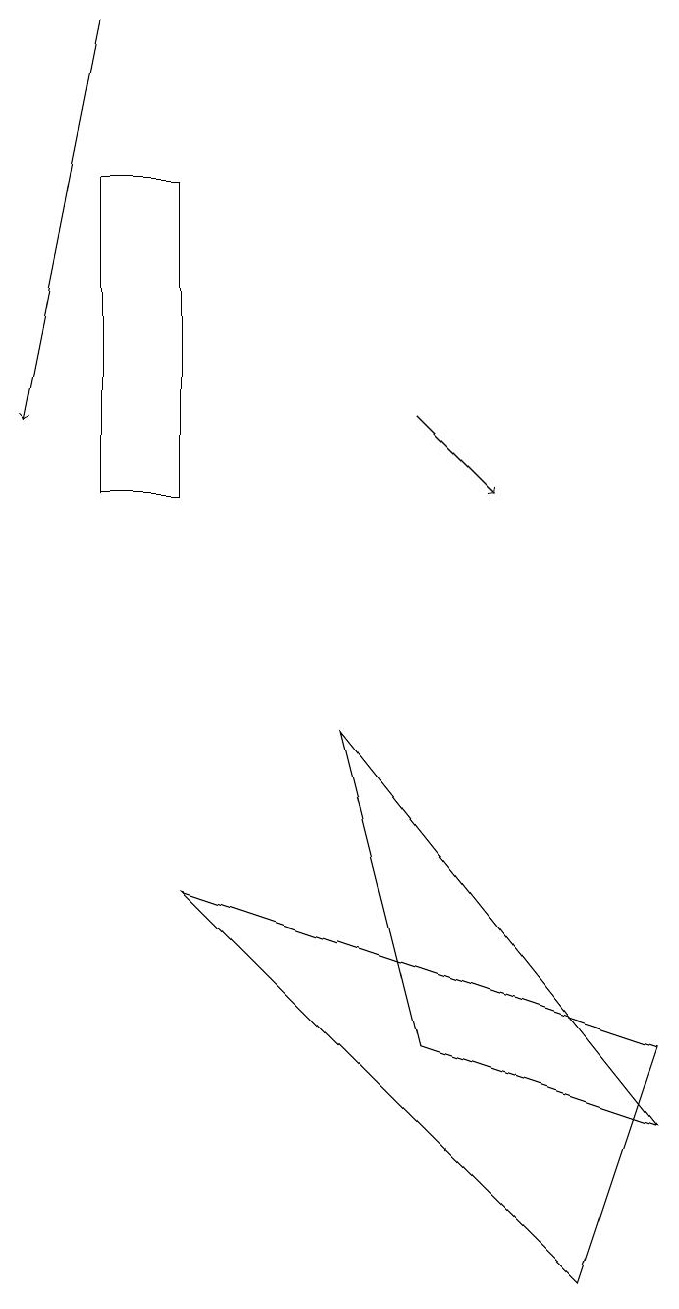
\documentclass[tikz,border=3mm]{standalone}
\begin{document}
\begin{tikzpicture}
\draw (3,15) rectangle (2,11);
\draw (6,4) -- (9,3) -- (5,8) -- cycle;
\draw[->] (2,17) -- (1,12);
\draw[->] (6,12) -- (7,11);
\draw (9,4) -- (8,1) -- (3,6) -- cycle;
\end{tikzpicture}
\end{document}